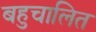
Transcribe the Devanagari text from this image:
बहुचालित